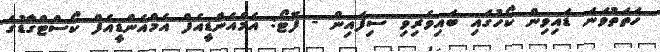
ހަތަތުވަނަ ޑައިވިން ކޯހުގައި ބައިވެރިވި ސިފައިން - ފޮޓޯ: އެމްއެންޑީއެފް އެމްއެންޑީއެފް ކޯސްޓްގާޑުގެ